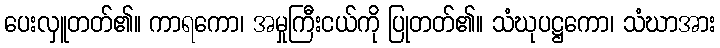
ပေးလှူတတ်၏။ ကာရကော၊ အမှုကြီးငယ်ကို ပြုတတ်၏။ သံဃုပဋ္ဌကော၊ သံဃာအား